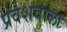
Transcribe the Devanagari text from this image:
प्रवेशवाला